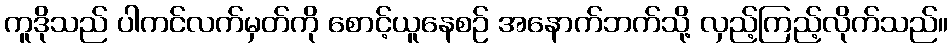
ကူဒိုသည် ပါကင်လက်မှတ်ကို စောင့်ယူနေစဉ် အနောက်ဘက်သို့ လှည့်ကြည့်လိုက်သည်။